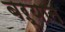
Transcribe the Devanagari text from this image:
बऱ्यात